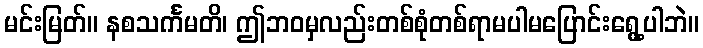
မင်းမြတ်။ နစသင်္ကမတိ၊ ဤဘဝမှလည်းတစ်စုံတစ်ရာမပါမပြောင်းရွေ့ပါဘဲ။